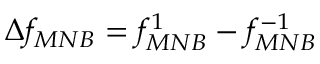
\Delta f _ { M N B } = f _ { M N B } ^ { 1 } - f _ { M N B } ^ { - 1 }